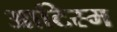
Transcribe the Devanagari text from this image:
आटिस्म